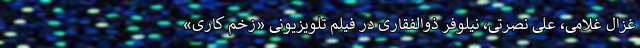
غزال غلامی، علی نصرتی، نیلوفر ذوالفقاری در فیلم تلویزیونی «زخم کاری»